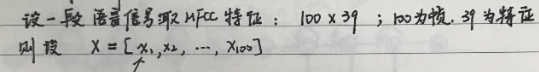
设一段语音信号取 MFCC 特征：$100 \times 39$；100为帧，39为特征
则设 $X = [x_1, x_2, \cdots, x_{100}]$